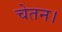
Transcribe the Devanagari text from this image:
चेतन।